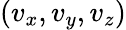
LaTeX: (v_{x},v_{y},v_{z})